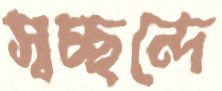
স্বচ্ছন্দে